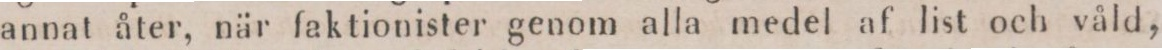
annat åter, när faktionister genom alla medel af list och våld,